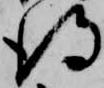
得